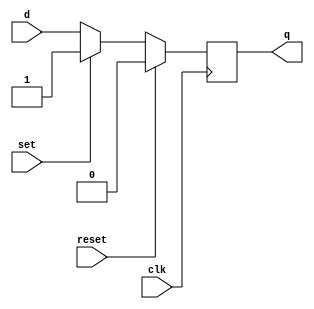
module dff_with_reset_set (
    input wire clk,
    input wire reset,
    input wire set,
    input wire d,
    output reg q
);

always @(posedge clk) begin
    if (reset) begin
        q <= 1'b0; // Clear output to predefined state
    end else if (set) begin
        q <= 1'b1; // Set output to predefined value
    end else begin
        q <= d; // Store input data on rising edge of clock
    end
end

endmodule